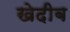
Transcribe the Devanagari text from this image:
खेदीब